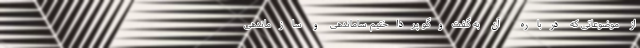
از موضوعاتی که درباره آن به گفت‌وگو پرداختیم ساماندهی و سازماندهی